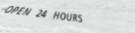
OPEN 24 HOURS